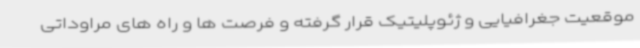
موقعیت جغرافیایی و ژئوپلیتیک قرار گرفته و فرصت ها و راه های مراوداتی